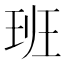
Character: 班